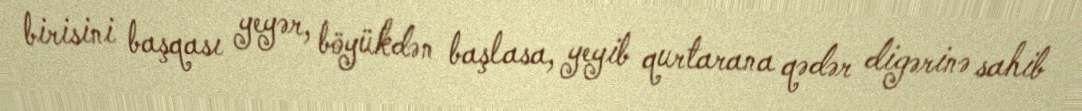
birisini başqası yeyər, böyükdən başlasa, yeyib qurtarana qədər digərinə sahib